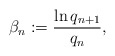
\begin{align*}\beta_{n}:=\frac{\ln q_{n+1}}{q_{n}},\end{align*}